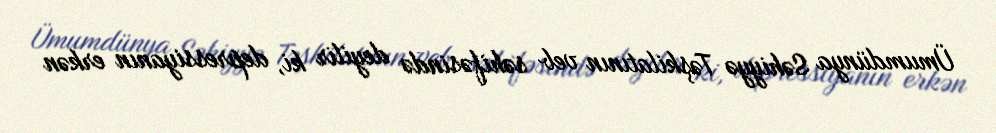
Ümumdünya Səhiyyə Təşkilatının veb səhifəsində deyilir ki, depressiyanın erkən